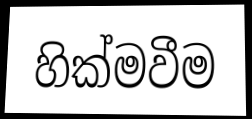
හික්මවීම